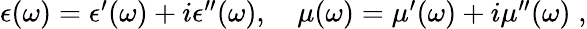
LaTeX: \begin{array}{r}{\epsilon(\omega)=\epsilon^{\prime}(\omega)+i\epsilon^{\prime\prime}(\omega),\quad\mu(\omega)=\mu^{\prime}(\omega)+i\mu^{\prime\prime}(\omega)\; ,}\end{array}